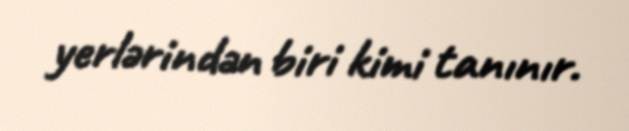
yerlərindən biri kimi tanınır.